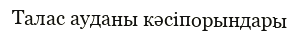
Талас ауданы кәсіпорындары